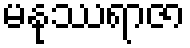
မနုဿရာဇာ